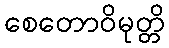
စေတောဝိမုတ္တိ